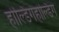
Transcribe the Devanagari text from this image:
होल्डिंगहोल्डिंग